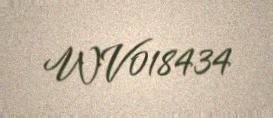
WV018434